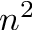
n ^ { 2 }